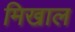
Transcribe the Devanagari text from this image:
मिखाल